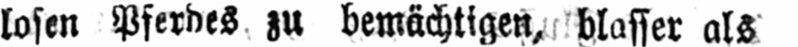
losen Pferdes zu bemächtigen, blasser als